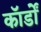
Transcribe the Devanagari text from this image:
कॉर्डों